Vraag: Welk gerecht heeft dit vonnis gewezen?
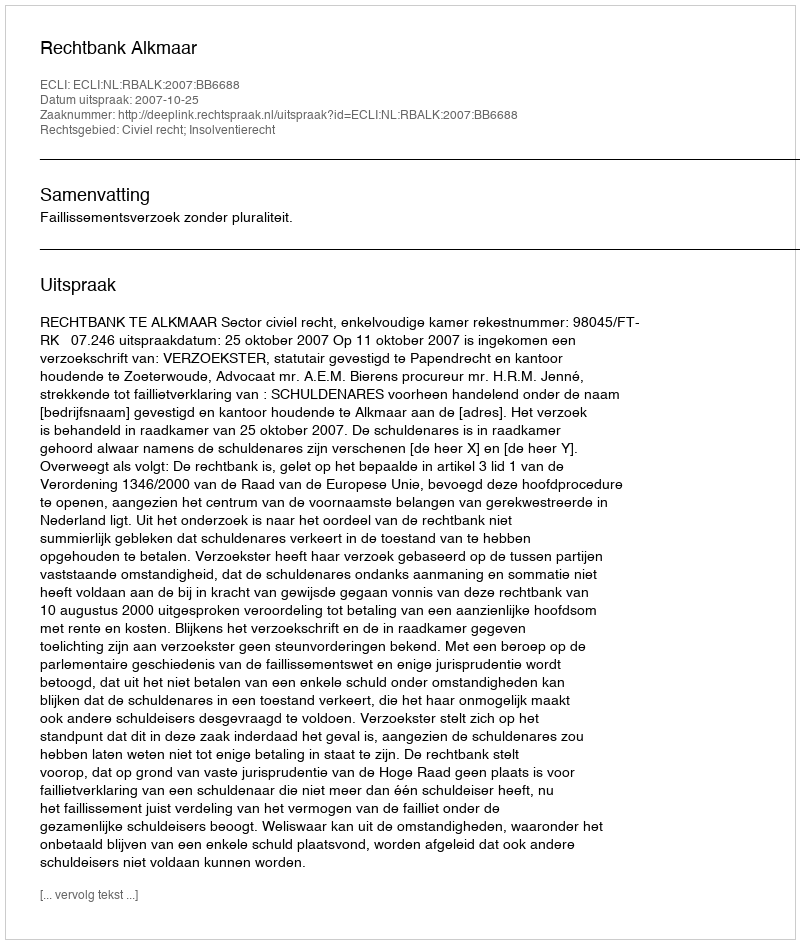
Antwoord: Rechtbank Alkmaar